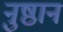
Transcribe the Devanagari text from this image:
नुष्ठानं